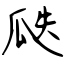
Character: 瓞